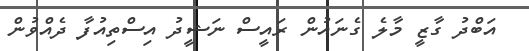
އަބްދު ގާޒީ މާލެ ގެނައުން ރައީސް ނަޝީދު އިސްތިއުފާ ދެއްވުން